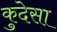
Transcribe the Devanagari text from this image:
कुदेसा